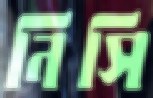
নিসি